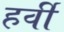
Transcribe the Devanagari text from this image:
हर्वी